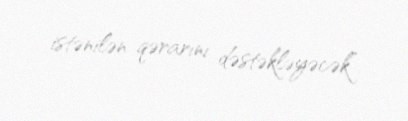
istənilən qərarını dəstəkləyəcək”.